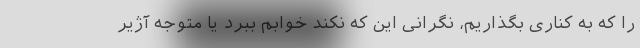
را که به کناری بگذاریم، نگرانی این که نکند خوابم ببرد یا متوجه آژیر